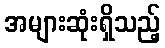
အများဆုံးရှိသည့်